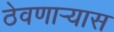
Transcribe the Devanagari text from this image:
ठेवणाऱ्यास